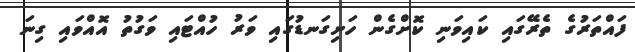
ފައްތަރުގެ ތެރޭގައި ކައިވަނި ކޮށްގެން ހަށިގަނޑުގައި ވަރު ހުއްޓައި ވަގުތު އޮއްވައި ގިނަ